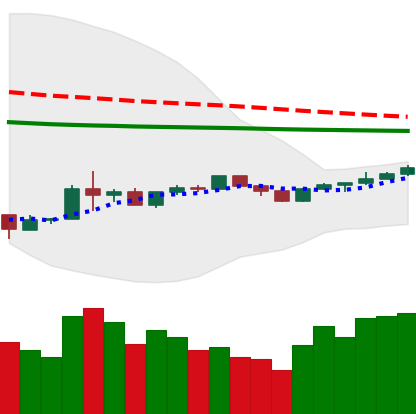
Ticker: BNB-USD
Chart end date: 2020-04-04
Forward return: 8.956%
Label: up_7plus